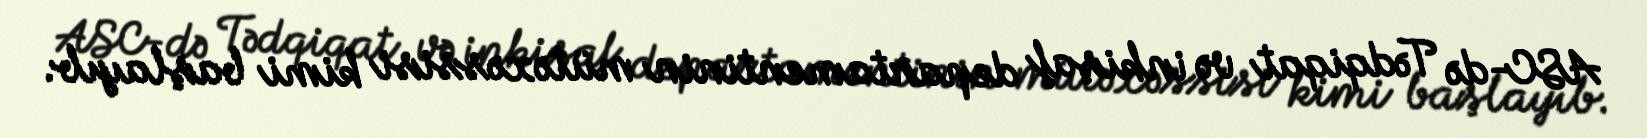
ASC-də Tədqiqat və inkişaf departamentinin mütəxəssisi kimi başlayıb.